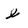
Character: l